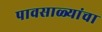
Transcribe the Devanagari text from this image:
पावसाळ्यांचा